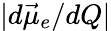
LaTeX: |d\vec{\mu}_{e}/dQ|